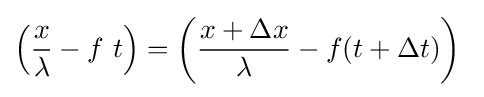
\left({\frac {x}{\lambda }}-f\ t\right)=\left({\frac {x+\Delta x}{\lambda }}-f(t+\Delta t)\right)\